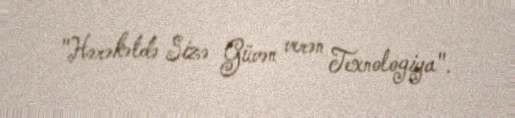
"Hərəkətdə Sizə Güvən verən Texnologiya".